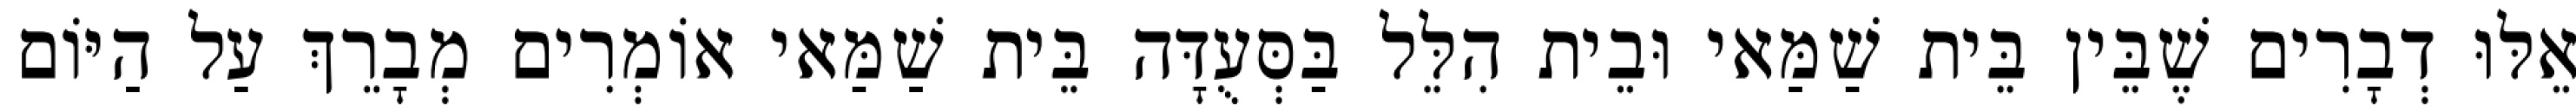
אֵלּוּ דְבָרִים שֶׁבֵּין בֵּית שַׁמַּאי וּבֵית הִלֵּל בַּסְּעֻדָּה בֵּית שַׁמַּאי אוֹמְרִים מְבָרֵךְ עַל הַיּוֹם